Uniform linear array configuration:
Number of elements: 48
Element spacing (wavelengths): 0.5
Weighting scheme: hann
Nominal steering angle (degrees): -30
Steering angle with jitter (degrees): -28.501
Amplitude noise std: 0.05
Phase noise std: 0.05

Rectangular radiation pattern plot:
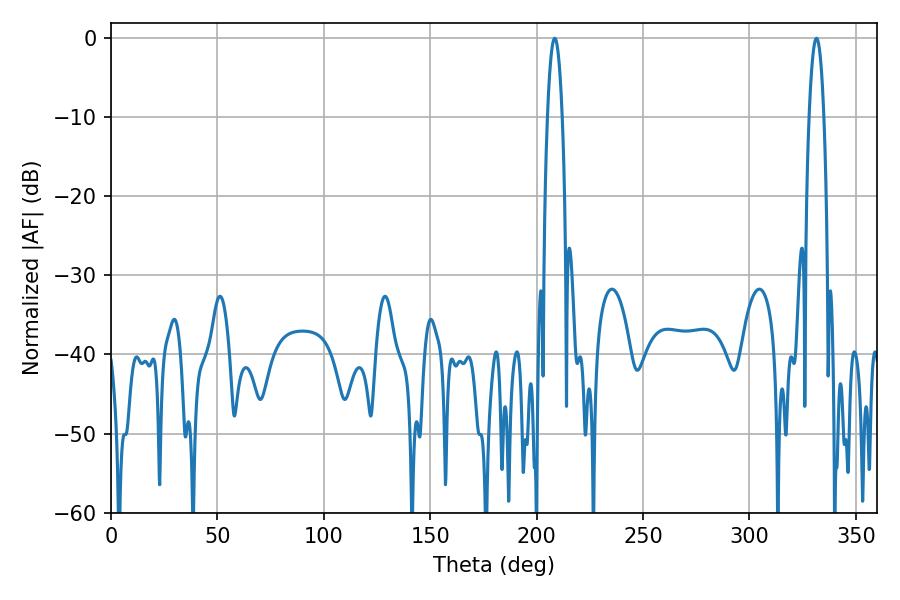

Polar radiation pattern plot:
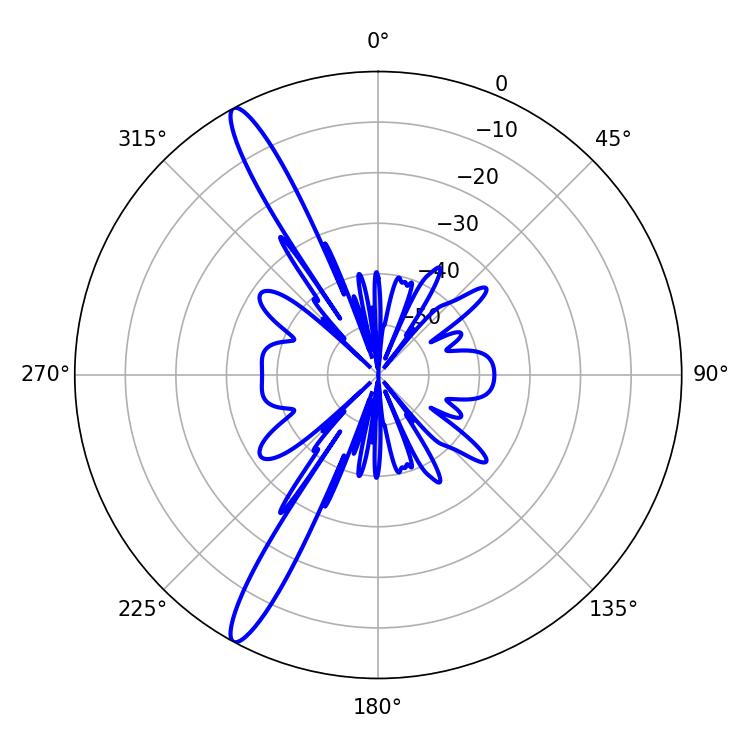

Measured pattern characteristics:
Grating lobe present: FALSE
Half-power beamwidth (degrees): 3.78
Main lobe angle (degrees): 208.44